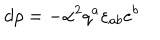
LaTeX: d \rho = - { \alpha } ^ { 2 } q ^ { a } \varepsilon _ { a b } e ^ { b }